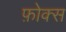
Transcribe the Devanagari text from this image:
फ़ोक्स